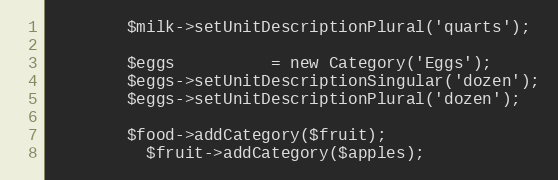
Language: PHP
        $milk->setUnitDescriptionPlural('quarts');

        $eggs          = new Category('Eggs');
        $eggs->setUnitDescriptionSingular('dozen');
        $eggs->setUnitDescriptionPlural('dozen');

        $food->addCategory($fruit);
          $fruit->addCategory($apples);